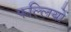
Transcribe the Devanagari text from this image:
फल्लियों